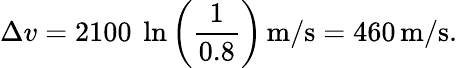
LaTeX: \Delta{v}=2100\ \ln\left({\frac{1}{0.8}}\right)\, {\mathrm{m/s}}=460\, {\mathrm{m/s}}.